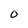
Character: O